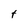
Character: t